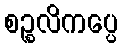
စဉ္စလိကပ္ပေ